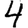
Digit: 4